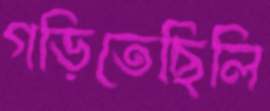
গড়িতেছিলি